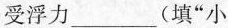
受浮力___(填“小